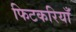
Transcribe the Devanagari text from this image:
फिटकरियाँ